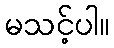
မသင့်ပါ။